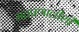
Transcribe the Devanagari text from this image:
मतप्रणालीशी